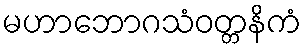
မဟာဘောဂသံဝတ္တနိကံ